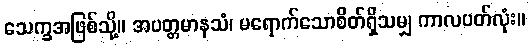
သေက္ခအဖြစ်သို့။ အပတ္တမာနသံ၊ မရောက်သောစိတ်ရှိသမျှ ကာလပတ်လုံး။